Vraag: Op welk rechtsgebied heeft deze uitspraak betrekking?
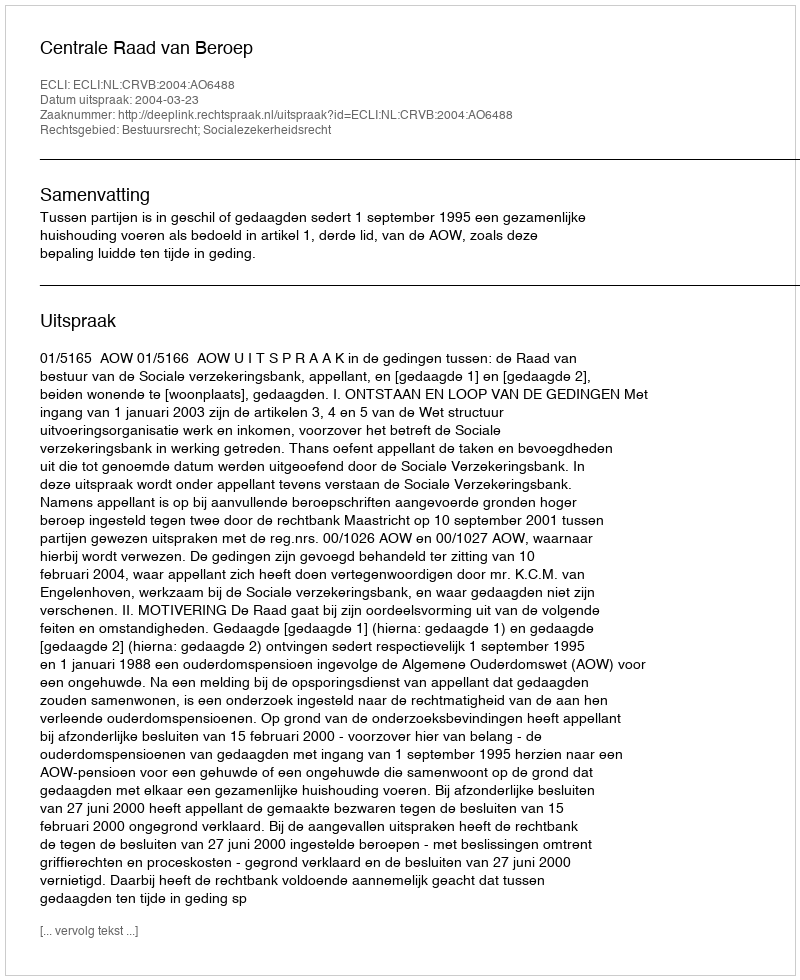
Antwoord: Bestuursrecht; Socialezekerheidsrecht